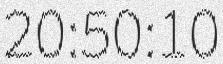
20:50:10